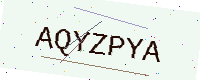
Text: AQYZPYA